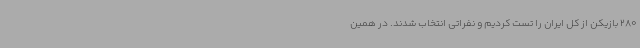
280 بازیکن از کل ایران را تست کردیم و نفراتی انتخاب شدند. در همین